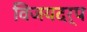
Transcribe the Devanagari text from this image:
विजयदर्प